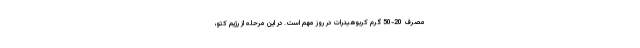
مصرف 20-50 گرم کربوهیدرات در روز مهم است. در این مرحله از رژیم کتو،